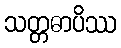
သတ္တဓာပိဿ